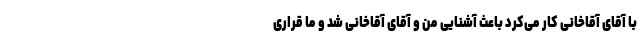
با آقای آقاخانی کار می‌کرد باعث آشنایی من و آقای آقاخانی شد و ما قراری